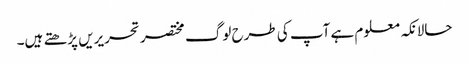
حالانکہ معلوم ہے آپ کی طرح لوگ مختصر تحریریں پڑھتے ہیں۔